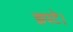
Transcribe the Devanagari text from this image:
झपटे।